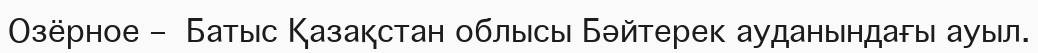
Озёрное –  Батыс Қазақстан облысы Бәйтерек ауданындағы ауыл.